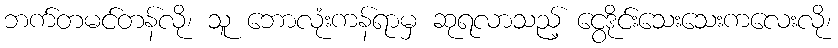
ဘက်တမင်တန်လို၊ သူ ဘောလုံးကန်ရာမှ ဆုရလာသည့် ငွေဒိုင်းသေးသေးကလေးလို၊